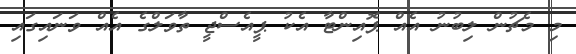
މި މެޗުން ލިބުނު އެއް ޕޮއިންޓާ އެކު ޕީއެސްޖީ ތާވަލްގެ އެއް ވަނައިގައި